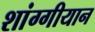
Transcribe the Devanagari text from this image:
शांग्गीयान